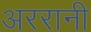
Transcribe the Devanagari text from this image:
अररानी